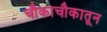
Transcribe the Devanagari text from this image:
चौकाचौकातून